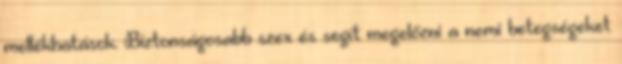
mellékhatások. Biztonságosabb szex és segít megelőzni a nemi betegségeket